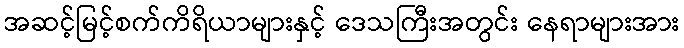
အဆင့်မြင့်စက်ကိရိယာများနှင့် ဒေသကြီးအတွင်း နေရာများအား